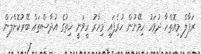
ރަފާލް މިއޮތްހާ ދުވަހު ހިމޭނުން ހުރެފައި މިހާރު ހީވަނީ ހިތުގެ އުދާސްތައް ބޭރުކޮށްލަން